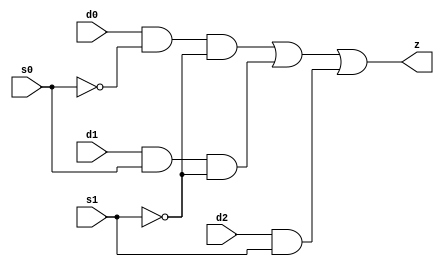
// This program was cloned from: https://github.com/aolofsson/oh
// License: MIT License

//#############################################################################
//# Function: 3-Input Mux                                                     #
//#                                                                           #
//# Copyright: OH Project Authors. ALl rights Reserved.                       #
//# License:  MIT (see LICENSE file in OH repository)                         #
//#############################################################################

module asic_mux3 #(parameter PROP = "DEFAULT")   (
    input  d0,
    input  d1,
    input  d2,
    input  s0,
    input  s1,
    output z
    );

   assign z = (d0 & ~s0 & ~s1) |
	      (d1 & s0  & ~s1) |
	      (d2 & s1);

endmodule